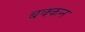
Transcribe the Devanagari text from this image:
बक्कन